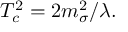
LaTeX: T _ { c } ^ { 2 } = 2 m _ { \sigma } ^ { 2 } / \lambda .